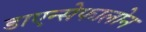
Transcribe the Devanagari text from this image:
डाएन्सेफालोन